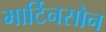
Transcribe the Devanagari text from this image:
मार्टिनसोन